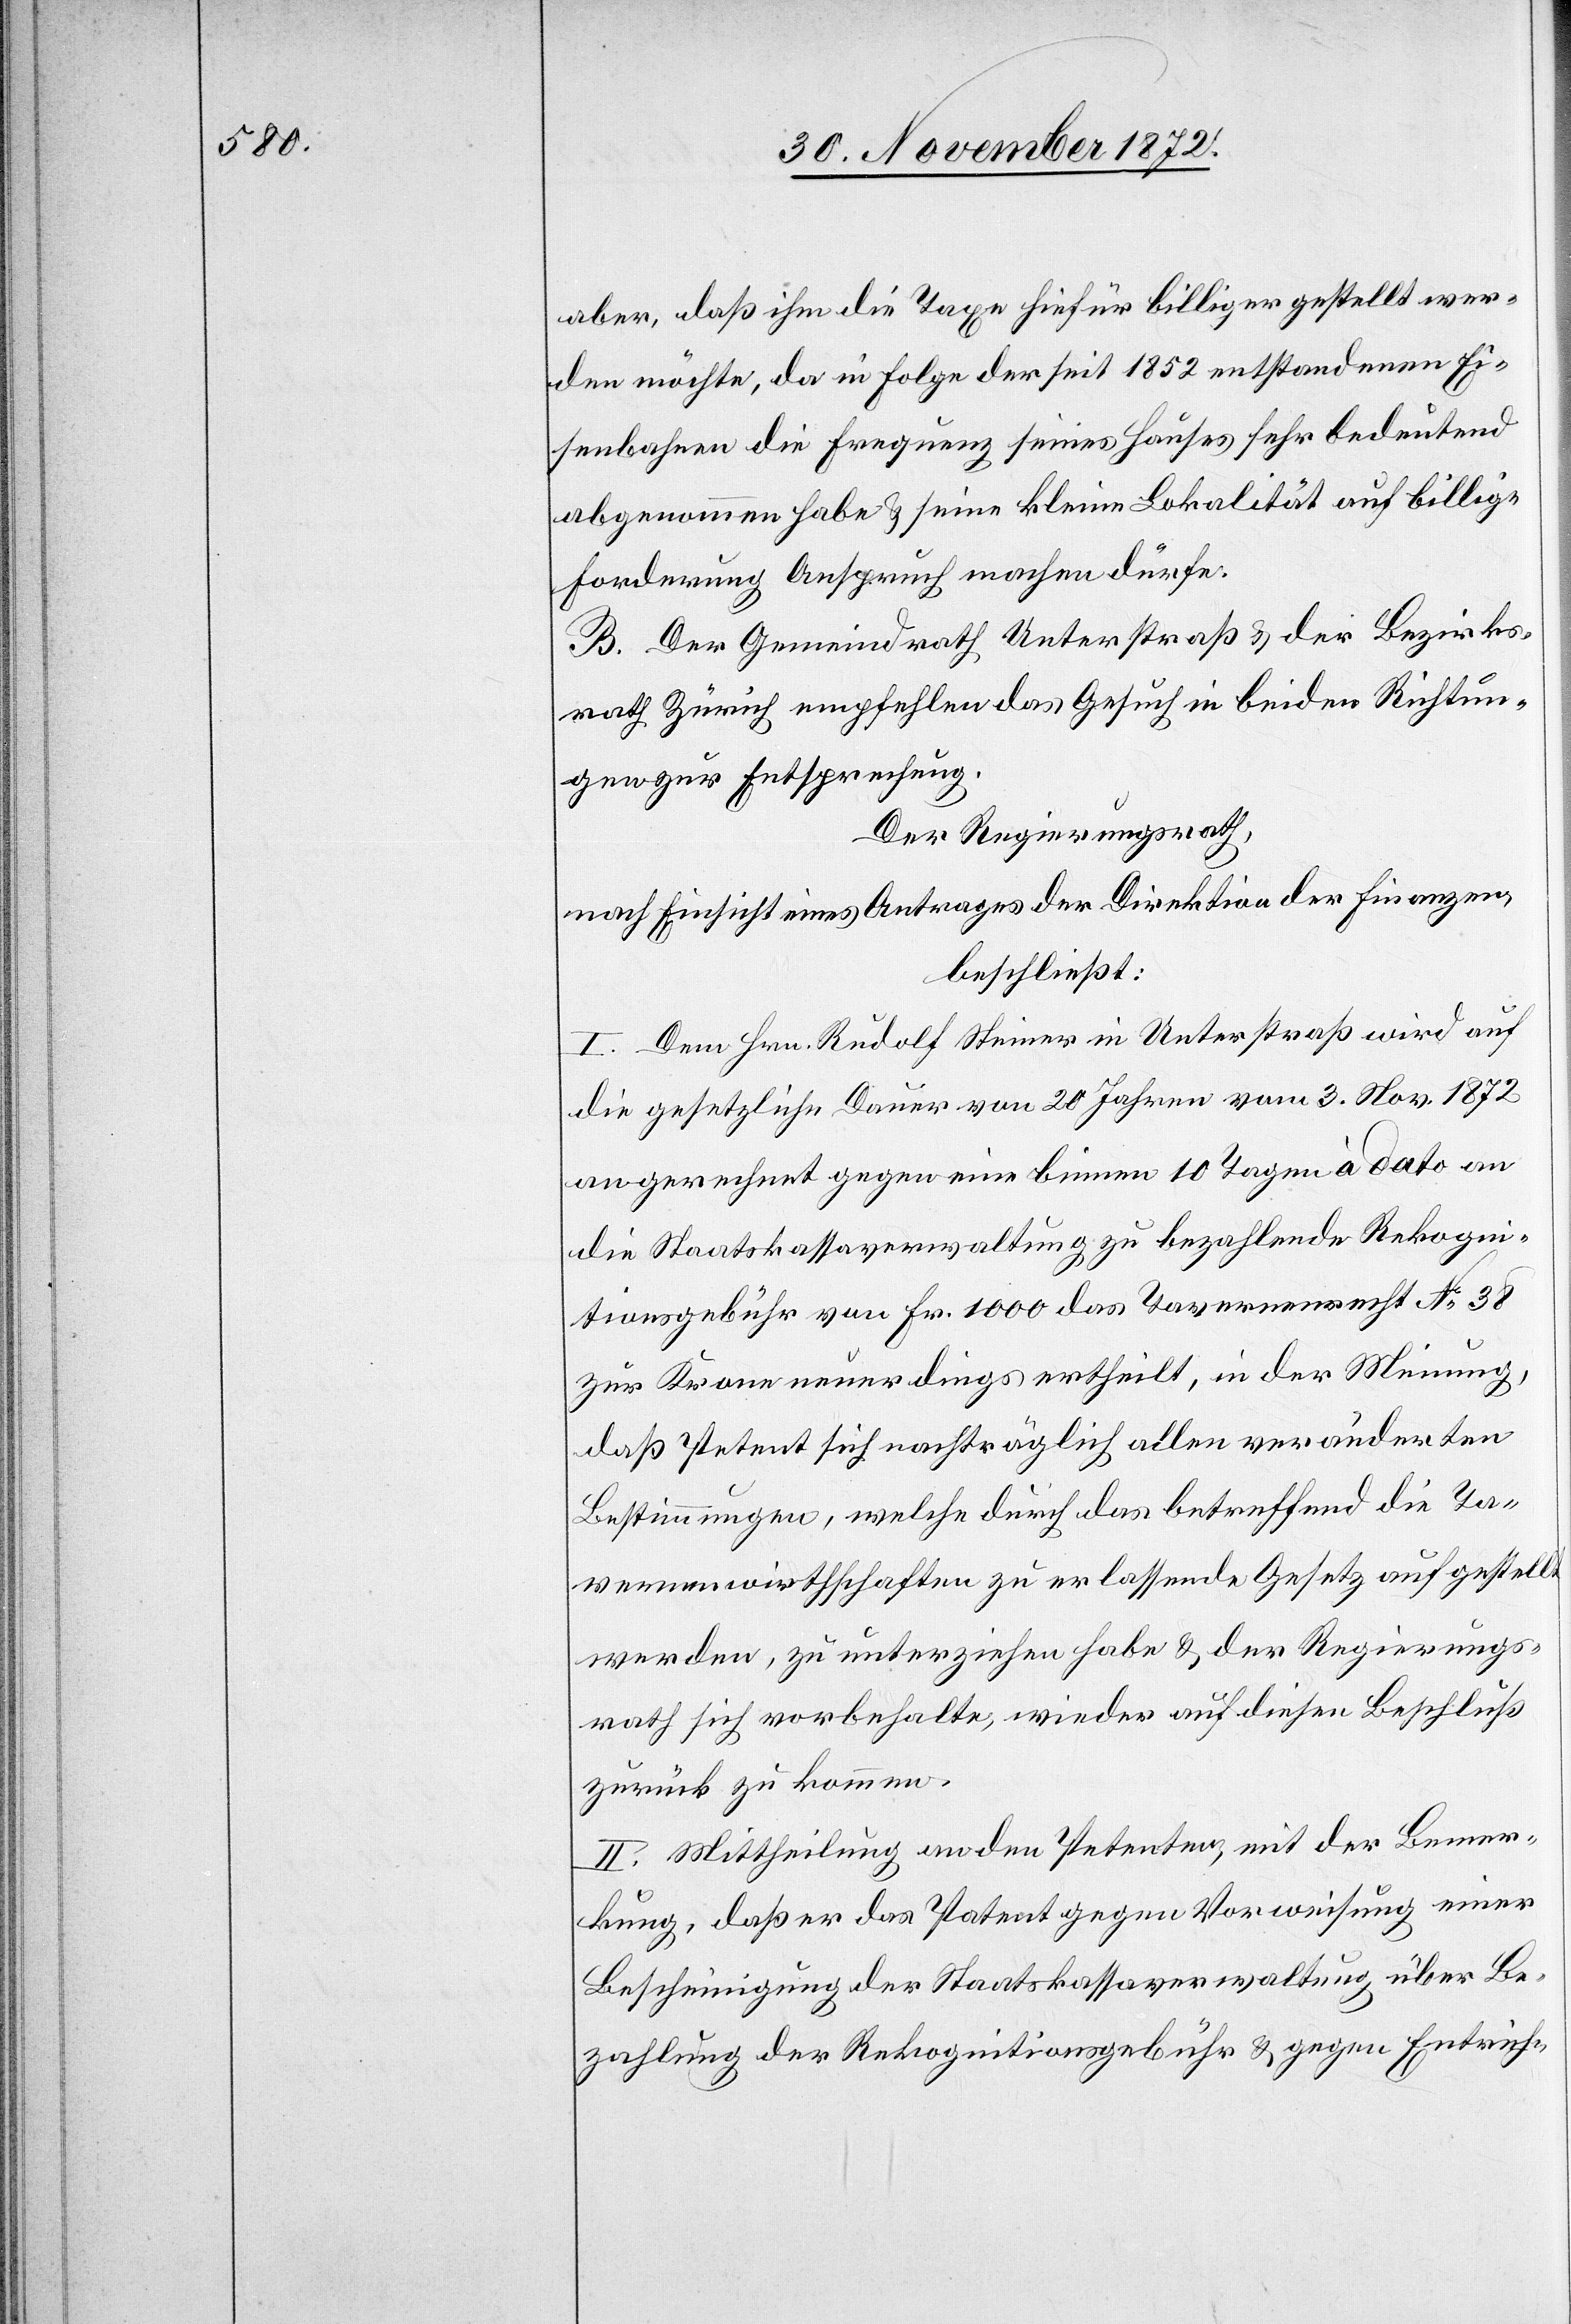
aber, daß ihm die Taxe hiefür billiger gestellt wer¬
den möchte, da in Folge der seit 1852 entstandenen Ei¬
senbahnen die Frequenz seines Hauses sehr bedeutend
abgenommen habe u. seine kleine Lokalität auf billige
Forderung Anspruch machen dürfe.
B. Der Gemeindrath Unterstraß u. der Bezirks¬
rath Zürich empfehlen das Gesuch in beiden Richtun¬
gen zur Entsprechung.
Der Regierungsrath,
nach Einsicht eines Antrages der Direktion der Finanzen,
beschließt:
I. Dem Hrn. Rudolf Steiner in Unterstraß wird auf
die gesetzliche Dauer von 20 Jahren vom 3. Nov. 1872
an gerechnet gegen eine binnen 10 Tagen à dato an
die Staatskassaverwaltung zu bezahlende Rekogni¬
tionsgebühr von Fr. 1 000 das Tavernenrecht No 38
zur Krone neuerdings ertheilt, in der Meinung,
daß Petent sich nachträglich allen veränderten
Bestimmungen, welche durch das betreffend die Ta¬
vernenwirthschaften zu erlassende Gesetz aufgestellt
werden, zu unterziehen habe u. der Regierungs¬
rath sich vorbehalte, wieder auf diesen Beschluß
zurück zu kommen.
II. Mittheilung an den Petenten, mit der Bemer¬
kung, daß er das Patent gegen Vorweisung einer
Bescheinigung der Staatskassaverwaltung über Be¬
zahlung der Rekognitionsgebühr u. gegen Entrich-